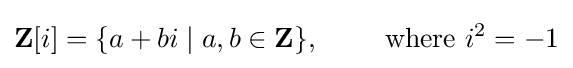
\mathbf {Z} [i]=\{a+bi\mid a,b\in \mathbf {Z} \},\qquad {\text{ where }}i^{2}=-1